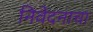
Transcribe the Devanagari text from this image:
निवेदनाचा